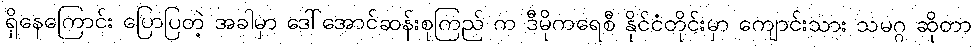
ရှိနေကြောင်း ပြောပြတဲ့ အခါမှာ ဒေါ်အောင်ဆန်းစုကြည် က ဒီမိုကရေစီ နိုင်ငံတိုင်းမှာ ကျောင်းသား သမဂ္ဂ ဆိုတာ